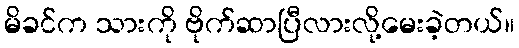
မိခင်က သားကို ဗိုက်ဆာပြီလားလို့မေးခဲ့တယ်။